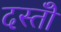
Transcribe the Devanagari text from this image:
दस्तोॅ